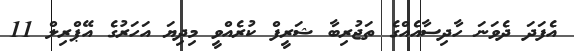
އެފަދަ ދެވަނަ ހާދިސާއެއްގެ ތަޖުރިބާ ޝަރީފް ކުރެއްވީ މިދިޔަ އަހަރުގެ އޭޕްރިލް 11